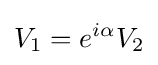
V_{1}=e^{i\alpha }V_{2}